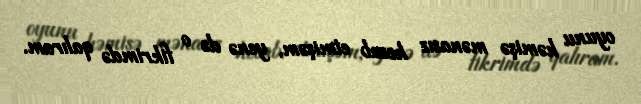
oyunu həmişə mənasız hesab etmişəm, yenə də o fikrimdə qalıram.